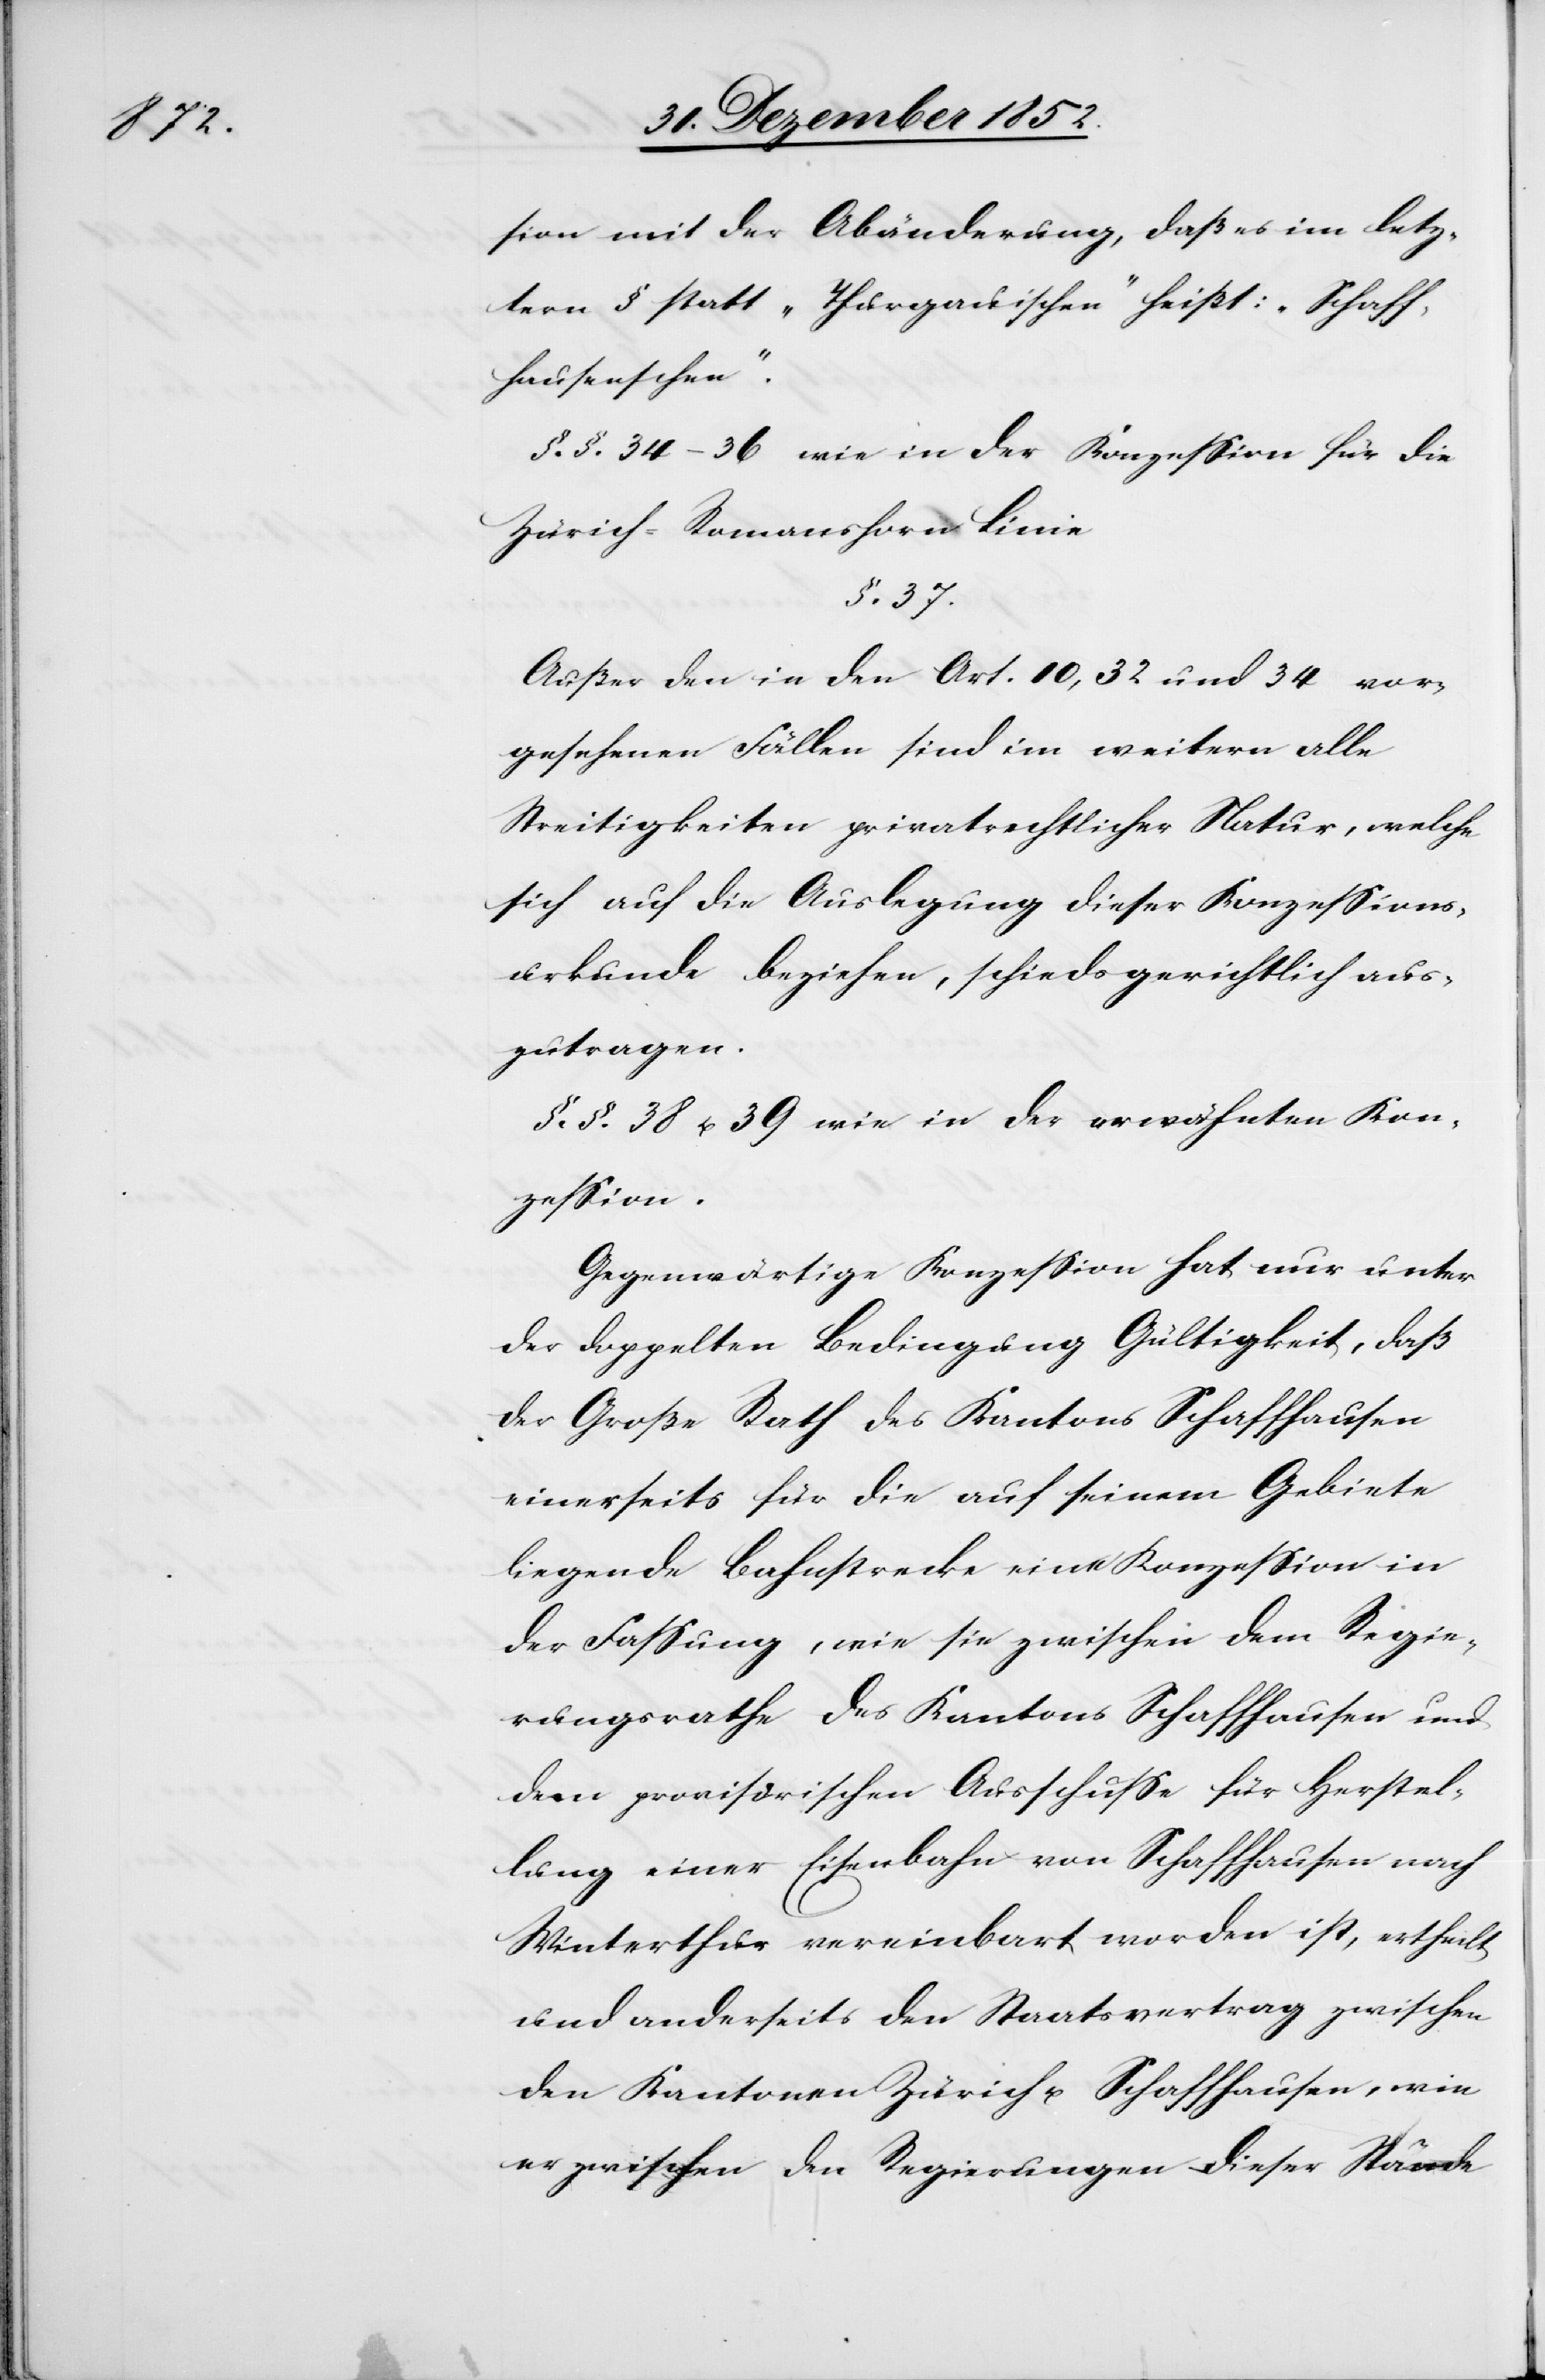
sion mit der Abänderung, daß es im letz¬
ten § statt „Thurgauischen“ heißt: „Schaff¬
hausenschen“.
§.§. 34–36 wie in der Konzession für die
Zürich-Romanshorn Linie
§. 37.
Außer den in den Art. 10, 32 und 34 vor¬
gesehenen Fällen sind im weitern alle
Streitigkeiten privatrechtlicher Natur, welche
sich auf die Auslegung dieser Konzessions¬
urkunde beziehen, schiedsgerichtlich aus¬
zutragen.
§.§. 38 u. 39 wie in der erwähnten Kon¬
zession.
Gegenwärtige Konzession hat nur unter
der doppelten Bedingung Gültigkeit, daß
der Große Rath des Kantons Schaffhausen
einerseits für die auf seinem Gebiete
liegende Bahnstrecke eine Konzession in
der Fassung, wie sie zwischen dem Regie¬
rungsrathe des Kantons Schaffhausen und
dem provisorischen Ausschusse für Herstel¬
lung einer Eisenbahn von Schaffhausen nach
Winterthur vereinbart worden ist, ertheilt
und anderseits den Staatsvertrag zwischen
den Kantonen Zürich u. Schaffhausen, wie
er zwischen den Regierungen dieser Stände